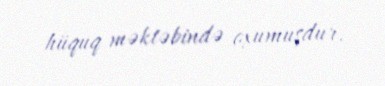
hüquq məktəbində oxumuşdur.